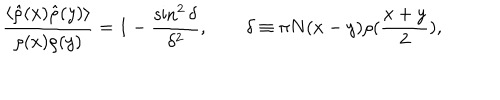
LaTeX: { \frac { \langle \hat { \rho } ( x ) \hat { \rho } ( y ) \rangle } { \rho ( x ) \rho ( y ) } } = 1 - { \frac { \sin ^ { 2 } \delta } { \delta ^ { 2 } } } , \quad \quad \delta \equiv \pi N ( x - y ) \rho ( { \frac { x + y } { 2 } } ) ,